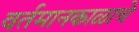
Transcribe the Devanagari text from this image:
वर्तमानकाळाचे